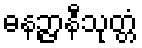
ဓနဉ္ဇာနီသုတ္တံ